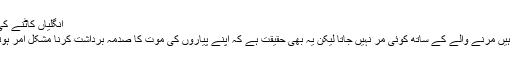
انگلیاں کاٹنے کی رسم
کہتے ہیں مرنے والے کے ساتھ کوئی مر نہیں جاتا لیکن یہ بھی حقیقت ہے کہ اپنے پیاروں کی موت کا صدمہ برداشت کرنا مشکل امر ہوتا ہے۔